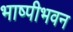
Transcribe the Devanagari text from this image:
भाष्पीभवन